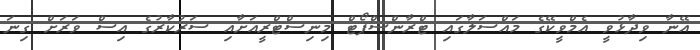
އޭނާ ވިދާޅުވީ އެމްވީކޭގެ މައްސަލާގައި ޓްރާންސްޕޯޓް މިނިސްޓްރީއަށާއި ސަރުކާރުގެ އިސް ވަރަށް ގިނަ